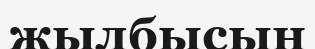
жылбысын